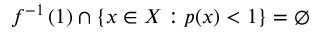
f ^ { - 1 } \left( 1 \right) \cap \left\{ x \in X : p ( x ) < 1 \right\} = \emptyset